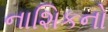
નાશિકનો